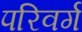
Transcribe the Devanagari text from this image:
परिवर्ग